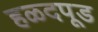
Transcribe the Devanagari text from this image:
हळदपूड